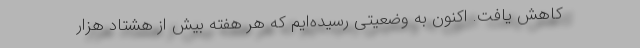
کاهش یافت. اکنون به وضعیتی رسیده‌ایم که هر هفته بیش از هشتاد هزار